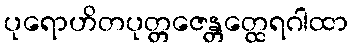
ပုရောဟိတပုတ္တဇေန္တတ္ထေရဂါထာ